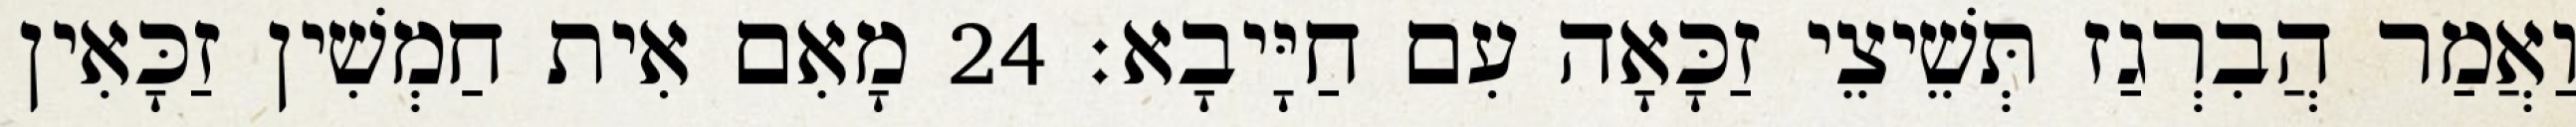
וַאֲמַר הֲבִרְגַז תְּשֵׁיצֵי זַכָּאָה עִם חַיָּיבָא׃ 24 מָאִם אִית חַמְשִׁין זַכָּאִין